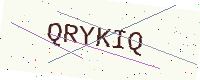
Text: QRYKIQ